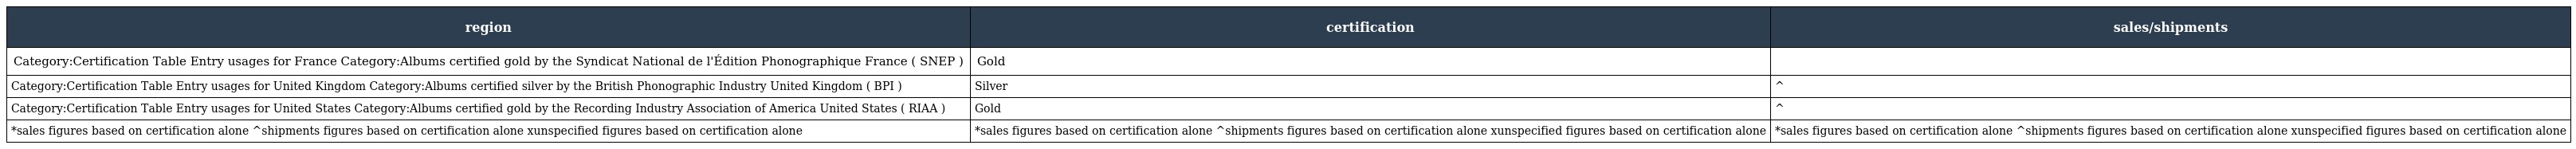
| region | certification | sales/shipments |
 | --- | --- | --- |
 | Category:Certification Table Entry usages for France Category:Albums certified gold by the Syndicat National de l'Édition Phonographique France ( SNEP ) | Gold |  |
 | Category:Certification Table Entry usages for United Kingdom Category:Albums certified silver by the British Phonographic Industry United Kingdom ( BPI ) | Silver | ^ |
 | Category:Certification Table Entry usages for United States Category:Albums certified gold by the Recording Industry Association of America United States ( RIAA ) | Gold | ^ |
 | *sales figures based on certification alone ^shipments figures based on certification alone xunspecified figures based on certification alone | *sales figures based on certification alone ^shipments figures based on certification alone xunspecified figures based on certification alone | *sales figures based on certification alone ^shipments figures based on certification alone xunspecified figures based on certification alone |